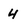
Character: 4